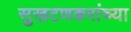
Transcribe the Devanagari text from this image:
सुखटणकरांच्या